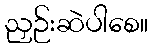
ညှဉ်းဆဲပါစေ။